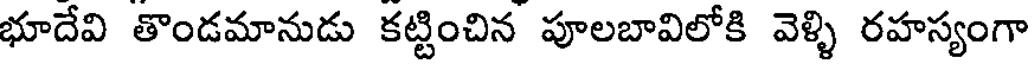
భూదేవి తొండమానుడు కట్టించిన పూలబావిలోకి వెళ్ళి రహస్యంగా